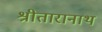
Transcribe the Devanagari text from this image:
श्रीतारानाथ